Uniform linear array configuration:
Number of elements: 8
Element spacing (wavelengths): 0.5
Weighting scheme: blackman
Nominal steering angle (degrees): -30
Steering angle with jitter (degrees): -29.868
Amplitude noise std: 0.05
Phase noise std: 0.05

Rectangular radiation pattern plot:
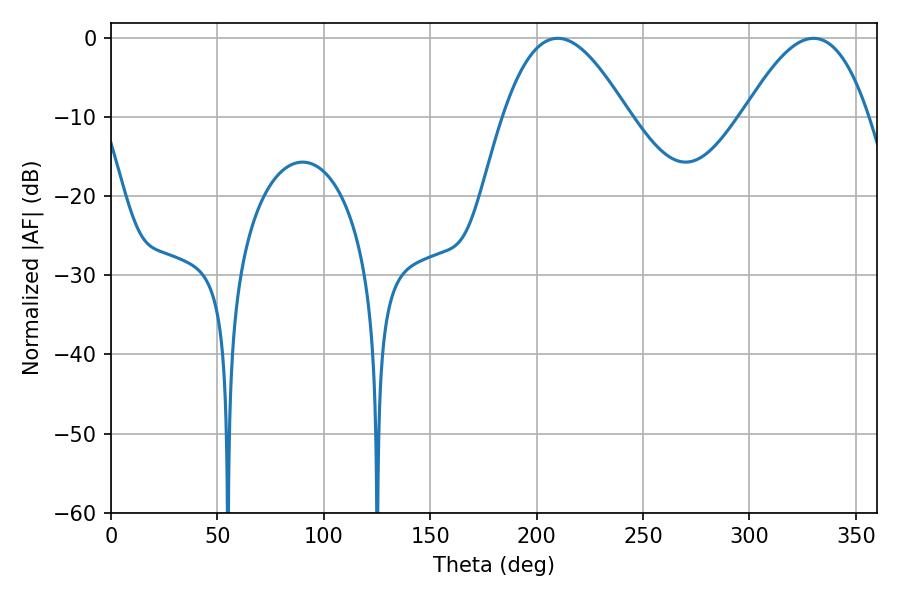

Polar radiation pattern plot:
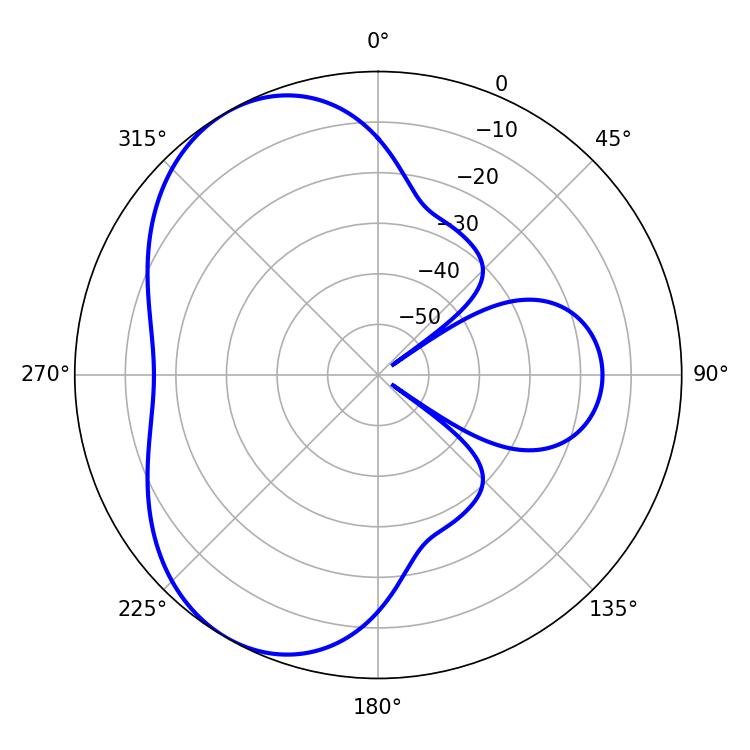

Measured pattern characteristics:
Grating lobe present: FALSE
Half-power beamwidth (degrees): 32.04
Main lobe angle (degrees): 209.88